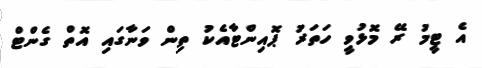
އެ ޓީމު ރޭ މޮޅުވީ ހަތަރު ޕޮއިންޓާއެކު ތިން ވަނާގައި އޮތް ގެންޓް